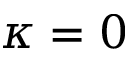
\kappa = 0